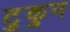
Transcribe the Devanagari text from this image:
टुकुन